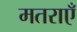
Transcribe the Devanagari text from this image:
मतराएँ